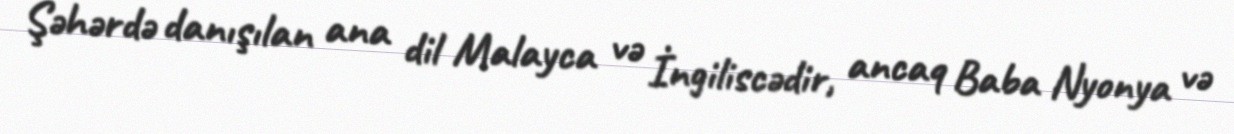
Şəhərdə danışılan ana dil Malayca və İngiliscədir, ancaq Baba Nyonya və